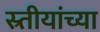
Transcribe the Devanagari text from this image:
स्र्तीयांच्या